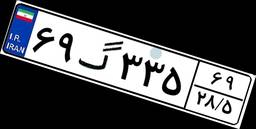
۶۹گ۳۳۵۶۹